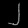
Digit: ၂